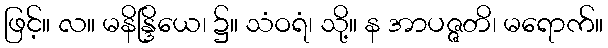
ဖြင့်။ လ။ မနိန္ဒြိယေ၊ ၌။ သံဝရံ၊ သို့။ န အာပဇ္ဇတိ၊ မရောက်။